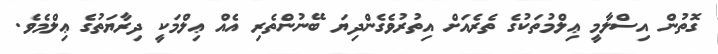
ގޮތުން އިސްލާމީ ޢިލްމުތަކުގެ ތެރެއަށް އިތުރުވެގެންދިޔަ ބޭނުންތެރި އެއް ޢިލްމަކީ ދިރާޔަތުގެ ޢިލްމެވެ.